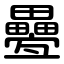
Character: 疉